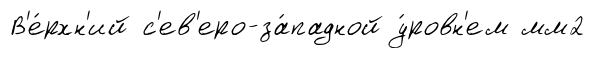
В'е́рхн'ий с'ев'еро-за́падной у́ровн'ем мм2